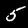
Digit: 5